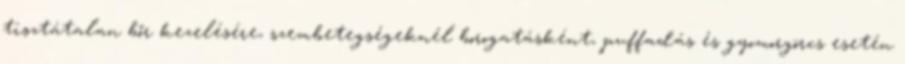
tisztátalan bőr kezelésére, szembetegségeknél borogatásként, puffadás és gyomorgörcs esetén